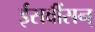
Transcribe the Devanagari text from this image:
ईसवींसन्